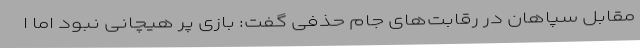
مقابل سپاهان در رقابت‌های جام حذفی گفت: بازی پر هیچانی نبود اما ا